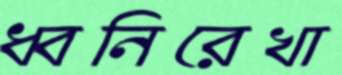
ধ্বনিরেখা